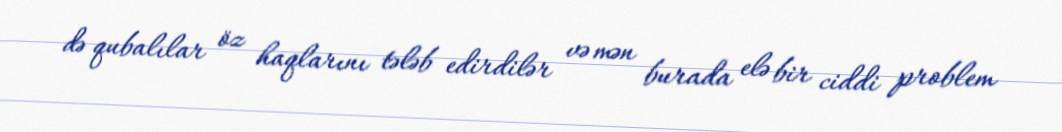
də qubalılar öz haqlarını tələb edirdilər və mən burada elə bir ciddi problem